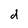
Character: d